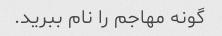
گونه مهاجم را نام ببرید.